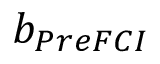
b _ { P r e F C I }